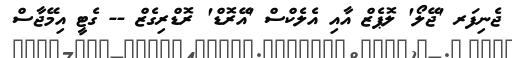
ޖެނިފަރ 'ޖޭލޯ' ލޮޕެޒް އާއި އެލެކްސް 'އޭރޮޑް' ރޮޑްރިގެޒް -- ގެޓީ އިމޭޖާސް